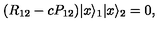
( R _ { 1 2 } - c P _ { 1 2 } ) | x \rangle _ { 1 } | x \rangle _ { 2 } = 0 ,